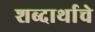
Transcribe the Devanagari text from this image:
शब्दार्थाचे